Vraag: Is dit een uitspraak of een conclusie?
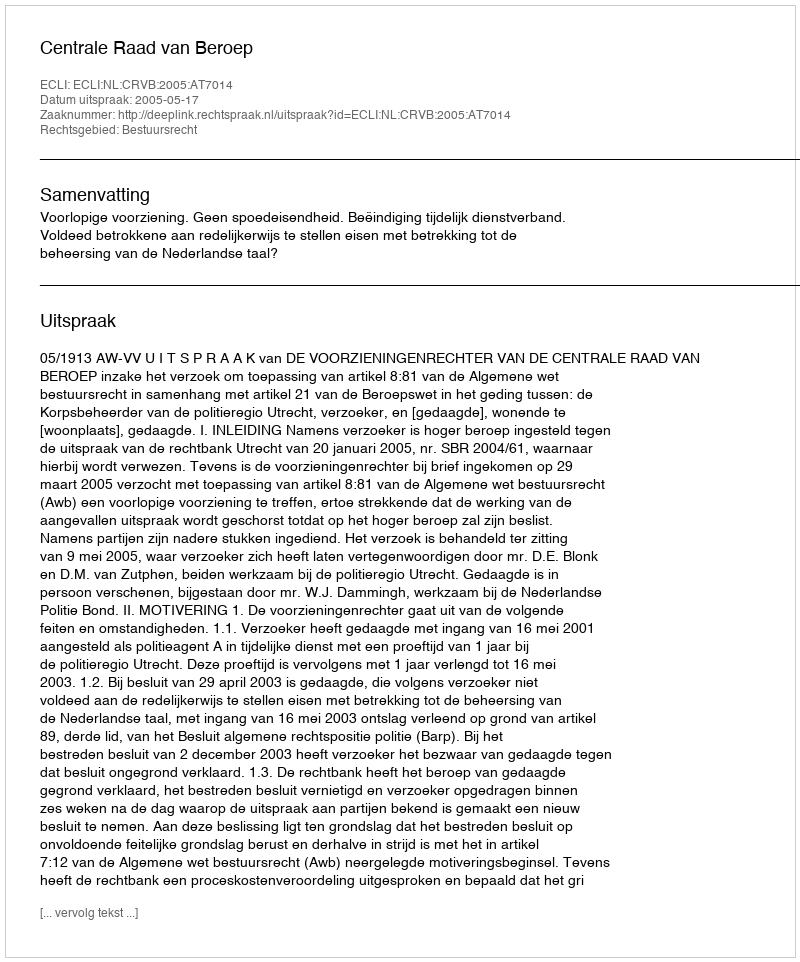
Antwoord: Uitspraak